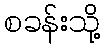
စခန်းသို့